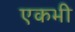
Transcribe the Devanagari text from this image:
एकभी